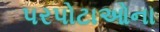
પરપોટાઓના